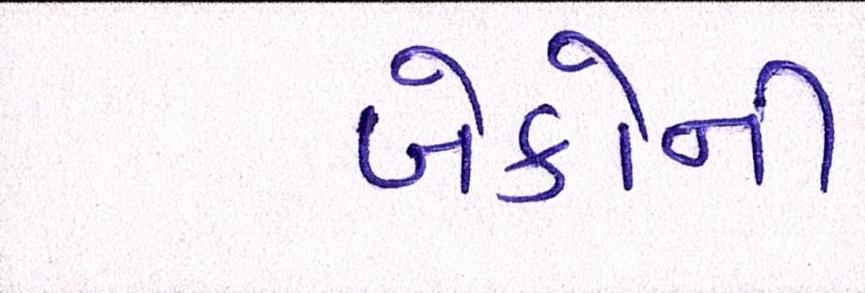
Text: બેંકોની